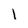
Character: l